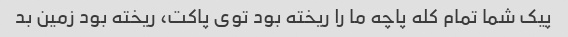
پیک شما تمام کله پاچه ما را ریخته بود توی پاکت، ریخته بود زمین بد